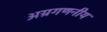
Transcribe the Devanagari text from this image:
अग्रगणनीय